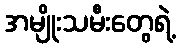
အမျိုးသမီးတွေရဲ့